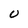
Character: U